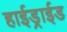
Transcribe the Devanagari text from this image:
हाईड्राईड